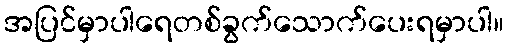
အပြင်မှာပါရေတစ်ခွက်သောက်ပေးရမှာပါ။